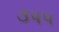
૩૫૫